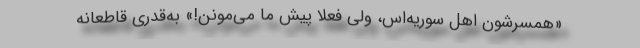
«همسرشون اهل سوریه‌اس، ولی فعلاً پیش ما می‌مونن!» به‌قدری قاطعانه